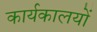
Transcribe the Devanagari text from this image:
कार्यकालयों